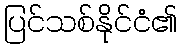
ပြင်သစ်နိုင်ငံ၏